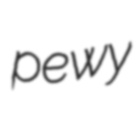
pewy